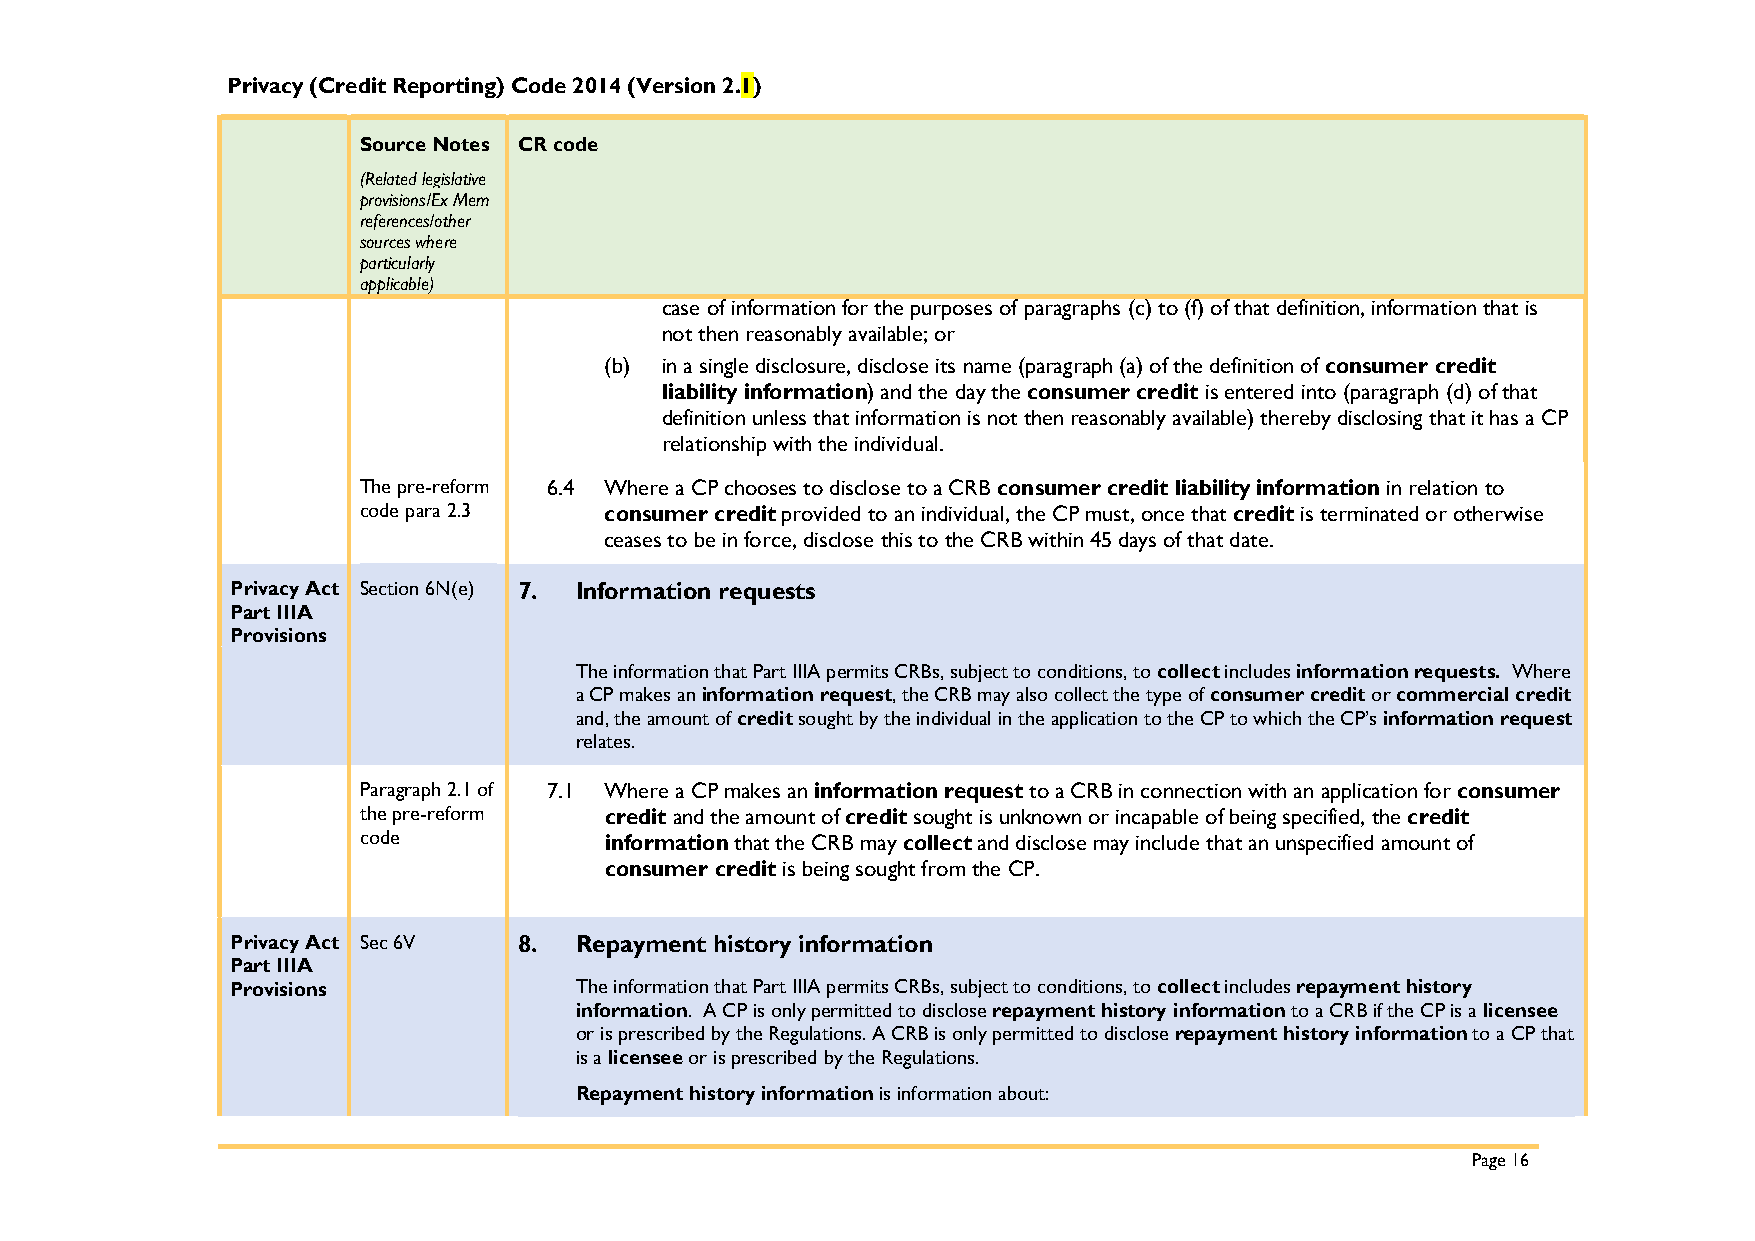
Privacy (Credit Reporting) Code 2014 (Version 2.1)
 Source Notes CR code
 (Related legislative
 provisions/Ex Mem
 references/other
 sources where
 particularly
 applicable)
 case of information for the purposes of paragraphs (c) to (f) of that definition, information that is
 not then reasonably available; or
 (b) in a single disclosure, disclose its name (paragraph (a) of the definition of consumer credit
 liability information) and the day the consumer credit is entered into (paragraph (d) of that
 definition unless that information is not then reasonably available) thereby disclosing that it has a CP
 relationship with the individual.
 The pre-reform 6.4 Where a CP chooses to disclose to a CRB consumer credit liability information in relation to
 code para 2.3   consumer credit provided to an individual, the CP must, once that credit is terminated or otherwise
 ceases to be in force, disclose this to the CRB within 45 days of that date.
 Privacy Act Section 6N(e) 7. Information requests
 Part IIIA
 Provisions
 The information that Part IIIA permits CRBs, subject to conditions, to collect includes information requests. Where
 a CP makes an information request, the CRB may also collect the type of consumer credit or commercial credit
 and, the amount of credit sought by the individual in the application to the CP to which the CP’s information request
 relates.
 Paragraph 2.1 of 7.1 Where a CP makes an information request to a CRB in connection with an application for consumer
 the pre-reform  credit and the amount of credit sought is unknown or incapable of being specified, the credit
 code            information that the CRB may collect and disclose may include that an unspecified amount of
 consumer credit is being sought from the CP.
 Privacy Act Sec 6V 8.  Repayment history information
 Part IIIA
 Provisions             The information that Part IIIA permits CRBs, subject to conditions, to collect includes repayment history
 information. A CP is only permitted to disclose repayment history information to a CRB if the CP is a licensee
 or is prescribed by the Regulations. A CRB is only permitted to disclose repayment history information to a CP that
 is a licensee or is prescribed by the Regulations.
 Repayment history information is information about:
 Page 16